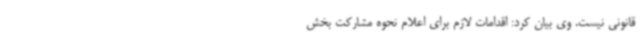
قانونی نیست. وی بیان کرد: اقدامات لازم برای اعلام نحوه مشارکت بخش